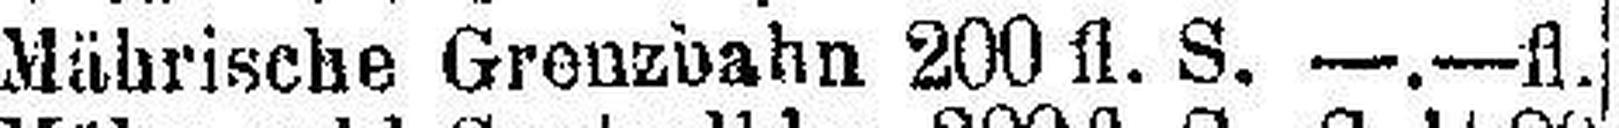
Mährische Grenzbahn 200 fl. S. —.— fl.